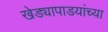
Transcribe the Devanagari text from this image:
खेड्यापाडयांच्या